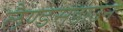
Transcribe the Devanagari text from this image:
लैण्डसडाउन